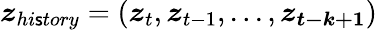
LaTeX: \boldsymbol{z}_{hi\mathsf{s}tory}=(\boldsymbol{z}_{t},\boldsymbol{z}_{t-1},...,\boldsymbol{z_{t-k+1}})